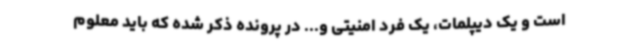
است و یک دیپلمات، یک فرد امنیتی و... در پرونده ذکر شده که باید معلوم